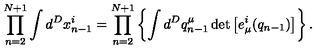
\prod _ { n = 2 } ^ { N + 1 } \int d ^ { D } x _ { n - 1 } ^ { i } = \prod _ { n = 2 } ^ { N + 1 } \left\{ \int d ^ { D } q _ { n - 1 } ^ { \mu } \det \left[ e _ { \mu } ^ { i } ( q _ { n - 1 } ) \right] \right\} .